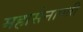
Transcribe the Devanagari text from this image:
महासेनापती